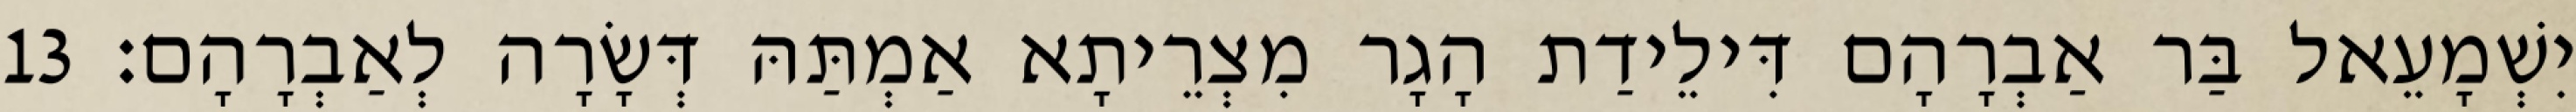
יִשְׁמָעֵאל בַּר אַבְרָהָם דִּילֵידַת הָגָר מִצְרֵיתָא אַמְתַּהּ דְּשָׂרָה לְאַבְרָהָם׃ 13